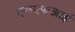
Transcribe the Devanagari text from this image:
एनएफआई